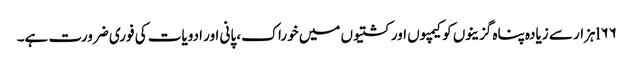
l۶۶ہزار سے زیادہ پناہ گزینوں کو کیمپوں اور کشتیوں میں خوراک، پانی اور ادویات کی فوری ضرورت ہے۔